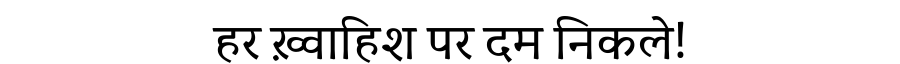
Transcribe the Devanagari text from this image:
हर ख़्वाहिश पर दम निकले!